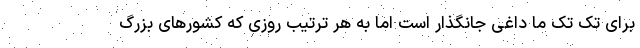
برای تک تک ما داغی جانگذار است اما به هر ترتیب روزی که کشورهای بزرگ